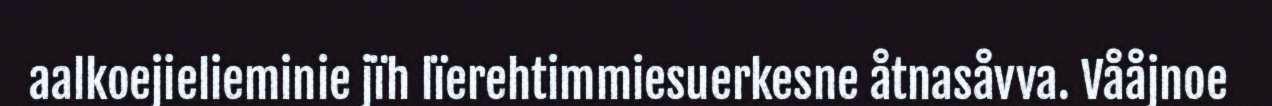
aalkoejielieminie jïh lïerehtimmiesuerkesne åtnasåvva. Vååjnoe